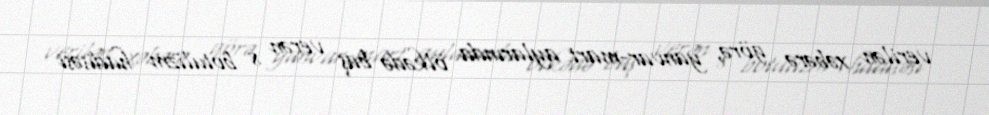
verilən xəbərə görə, yanvar-mart aylarında ölkədə baş verən 8 botulizm hadisəsi